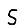
Digit: 5